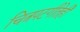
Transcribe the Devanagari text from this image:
चित्रपटगीतेही